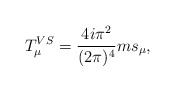
\begin{align*}T_{\mu }^{VS}=\frac{4i\pi ^{2}}{(2\pi )^{4}}ms_{\mu },\end{align*}